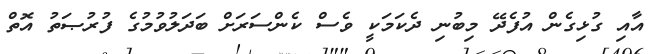
އާއި ގުޅިގެން އުފެދޭ މިބުނި ދެކަމަކީ ވެސް ކެންސަރަށް ބަދަލުވުމުގެ ފުރުޞަތު އޮތް